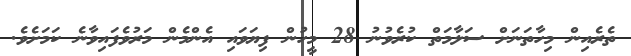
ތެރެއިން މިހާތަނަށް ސަލާމަތް ކުރެވުނު 28 މީހުން ފިޔަވައި އެންމެން މަރުވެފައިވާނެ ކަމަށެވެ.